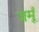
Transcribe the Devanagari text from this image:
जमूँ